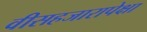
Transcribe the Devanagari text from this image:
वीसहजारापेक्षा